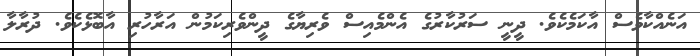
އަނެއްކާވެސް އާކަމެކެވެ. ދީނީ ސަރުކާރުގެ އެންމެއިސް ވެރިޔާގެ ދީންވެރިކަމުން އަރާހުރި އާބޮޅެކެވެ. ދުރާލާ